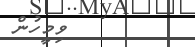
ވިމީހުން